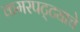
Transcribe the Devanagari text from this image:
कमरपट्ट्याचे